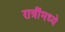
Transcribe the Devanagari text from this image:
रात्रींमध्ये